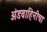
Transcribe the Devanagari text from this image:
अंडवाहिनीचा